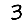
Digit: 3